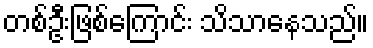
တစ်ဦးဖြစ်ကြောင်း သိသာနေသည်။